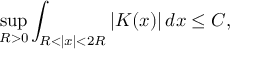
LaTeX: \operatorname* { s u p } _ { R > 0 } \int _ { R < | x | < 2 R } | K ( x ) | \, d x \leq C ,